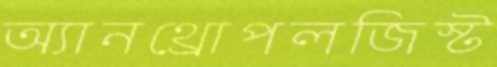
অ্যানথ্রোপলজিস্ট